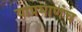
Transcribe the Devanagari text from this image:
याप्रमाणंच